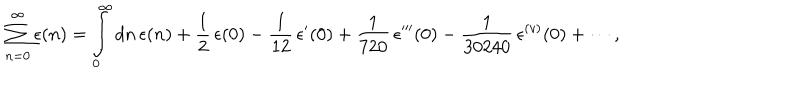
LaTeX: \sum _ { n = 0 } ^ { \infty } \epsilon ( n ) = \int _ { 0 } ^ { \infty } { d n } \, \epsilon ( n ) + { \frac { 1 } { 2 } } \, \epsilon ( 0 ) - { \frac { 1 } { 1 2 } } \, \epsilon ^ { \prime } ( 0 ) + { \frac { 1 } { 7 2 0 } } \, \epsilon ^ { \prime \prime \prime } ( 0 ) - { \frac { 1 } { 3 0 2 4 0 } } \, \epsilon ^ { ( v ) } ( 0 ) + \cdots ,